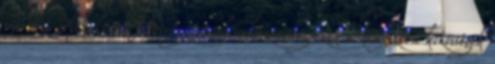
máshoz. A kultúra felvirágzásával valószínűleg ezek a kényszerű közösségek